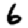
Digit: 6